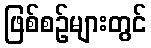
ဖြစ်စဉ်များတွင်